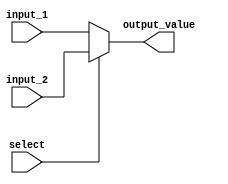
module mux(input_1, input_2, select, output_value);

parameter  N=32;

input [N-1:0] input_1;
input [N-1:0] input_2;
input select;
output [N-1:0] output_value;

assign output_value=(select)? input_2: input_1;

endmodule